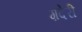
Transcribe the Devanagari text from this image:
ग़देरी